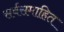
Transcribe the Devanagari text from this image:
सर्वसमाहित